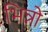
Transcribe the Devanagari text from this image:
भिन्नो